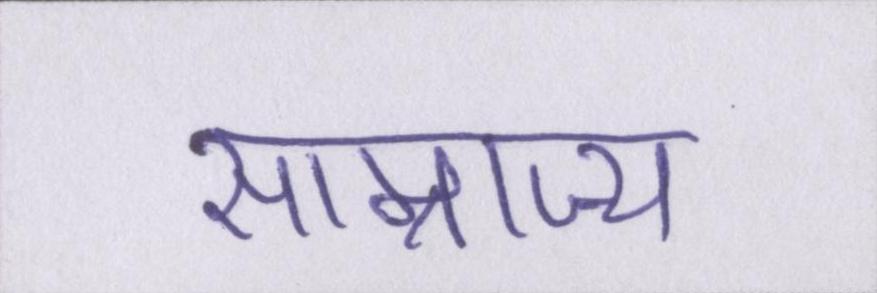
साम्राज्य